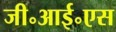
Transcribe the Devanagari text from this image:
जी॰आई॰एस